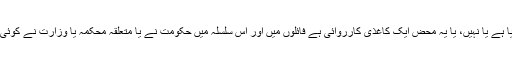
کوئی نوٹیفکیشن جاری کیا گیا ہے یا نہیں، یا یہ محض ایک کاغذی کارروائی ہے فائلوں میں اور اس سلسلہ میں حکومت نے یا متعلقہ محکمہ یا وزارت نے کوئی حتمی فیصلہ لیا ہے یا نہیں ۔